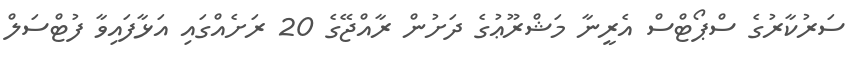
ސަރުކާރުގެ ސްޕޯޓްސް އެރީނާ މަޝްރޫޢުގެ ދަށުން ރާއްޖޭގެ 20 ރަށެއްގައި އަޅާފައިވާ ފުޓްސަލް